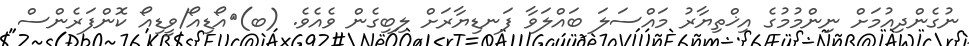
ނުގެންދިއުމަށް ނިންމުމުގެ އިޚްތިޔާރު މައްސަލަ ބައްލަވާ ފަނޑިޔާރަށް ލިބިގެން ވެއެވެ. (ބ)	އޯޑިއޯ/ވީޑިއޯ ކޮންފަރެންސް